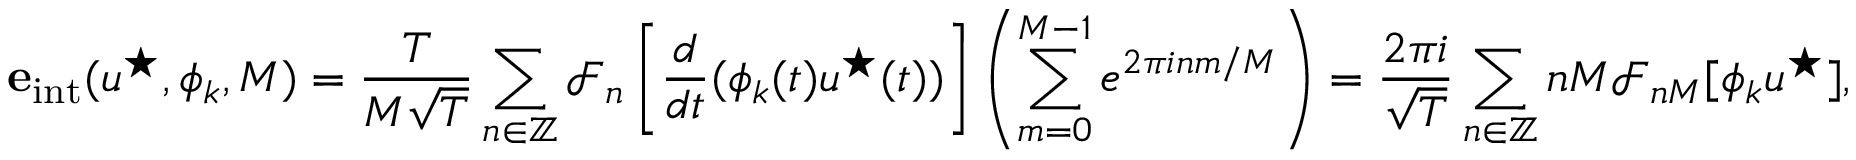
\mathbf { e } _ { \mathrm { i n t } } ( u ^ { \star } , \phi _ { k } , M ) = \frac { T } { M \sqrt { T } } \sum _ { n \in \mathbb { Z } } { \mathcal { F } } _ { n } \left[ \frac { d } { d t } ( \phi _ { k } ( t ) u ^ { \star } ( t ) ) \right] \left( \sum _ { m = 0 } ^ { M - 1 } e ^ { 2 \pi i n m / M } \right) = \frac { 2 \pi i } { \sqrt { T } } \sum _ { n \in \mathbb { Z } } n M { \mathcal { F } } _ { n M } [ \phi _ { k } u ^ { \star } ] ,